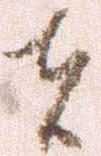
者